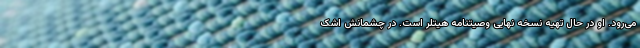
می‌رود. او در حال تهیه نسخه نهایی وصیتنامه هیتلر است. در چشمانش اشک